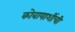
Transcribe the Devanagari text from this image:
कोबायाशींची